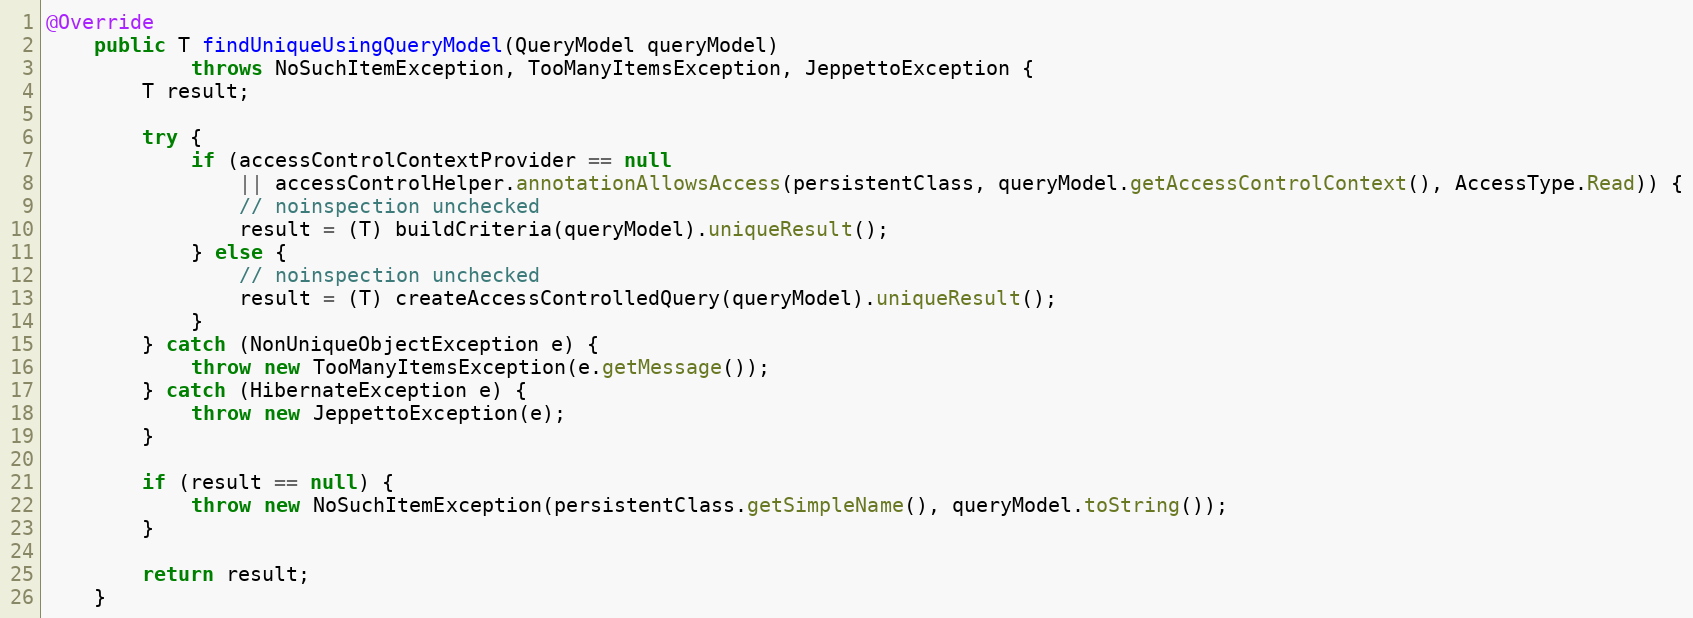
Language: Java
@Override
    public T findUniqueUsingQueryModel(QueryModel queryModel)
            throws NoSuchItemException, TooManyItemsException, JeppettoException {
        T result;

        try {
            if (accessControlContextProvider == null
                || accessControlHelper.annotationAllowsAccess(persistentClass, queryModel.getAccessControlContext(), AccessType.Read)) {
                // noinspection unchecked
                result = (T) buildCriteria(queryModel).uniqueResult();
            } else {
                // noinspection unchecked
                result = (T) createAccessControlledQuery(queryModel).uniqueResult();
            }
        } catch (NonUniqueObjectException e) {
            throw new TooManyItemsException(e.getMessage());
        } catch (HibernateException e) {
            throw new JeppettoException(e);
        }

        if (result == null) {
            throw new NoSuchItemException(persistentClass.getSimpleName(), queryModel.toString());
        }

        return result;
    }